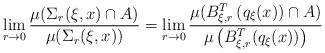
LaTeX: \begin{align*}\lim _{r \rightarrow 0} \frac{\mu ( \Sigma _r ( \xi, x) \cap A )}{ \mu ( \Sigma _r ( \xi , x ))} = \lim _{r \rightarrow 0} \frac{\mu ( B ^T _{\xi ,r} \left( q _\xi (x) ) \cap A \right)}{ \mu \left( B ^T _{\xi, r} ( q _\xi (x) ) \right)}\end{align*}